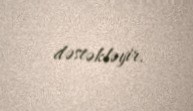
dəstəkləyir.